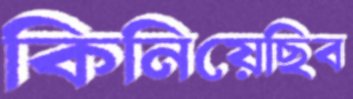
কিনিয়েছিব